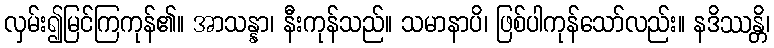
လှမ်း၍မြင်ကြကုန်၏။ အာသန္နာ၊ နီးကုန်သည်။ သမာနာပိ၊ ဖြစ်ပါကုန်သော်လည်း။ နဒိဿန္တိ၊